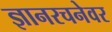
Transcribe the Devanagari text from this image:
ज्ञानरचनेवर